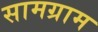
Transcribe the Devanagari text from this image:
सामग्राम